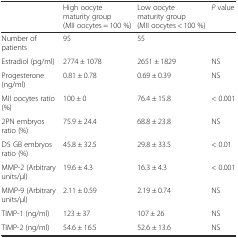
<table><thead><tr><td></td><td><b>High oocyte maturity group (MII oocytes = 100 %)</b></td><td><b>Low oocyte maturity group (MII oocytes &lt; 100 %)</b></td><td><b><i>P</i> value</b></td></tr></thead><tbody><tr><td>Number of patients</td><td>95</td><td>55</td><td></td></tr><tr><td>Estradiol (pg/ml)</td><td>2774 ± 1078</td><td>2651 ± 1829</td><td>NS</td></tr><tr><td>Progesterone (ng/ml)</td><td>0.81 ± 0.78</td><td>0.69 ± 0.39</td><td>NS</td></tr><tr><td>MII oocytes ratio (%)</td><td>100 ± 0</td><td>76.4 ± 15.8</td><td>&lt; 0.001</td></tr><tr><td>2PN embryos ratio (%)</td><td>75.9 ± 24.4</td><td>68.8 ± 23.8</td><td>NS</td></tr><tr><td>D5 GB embryos ratio (%)</td><td>45.8 ± 32.5</td><td>29.8 ± 33.5</td><td>&lt; 0.01</td></tr><tr><td>MMP-2 (Arbitrary units/μl)</td><td>19.6 ± 4.3</td><td>16.3 ± 4.3</td><td>&lt; 0.001</td></tr><tr><td>MMP-9 (Arbitrary units/μl)</td><td>2.11 ± 0.59</td><td>2.19 ± 0.74</td><td>NS</td></tr><tr><td>TIMP-1 (ng/ml)</td><td>123 ± 37</td><td>107 ± 26</td><td>NS</td></tr><tr><td>TIMP-2 (ng/ml)</td><td>54.6 ± 16.5</td><td>52.6 ± 13.6</td><td>NS</td></tr></tbody></table>